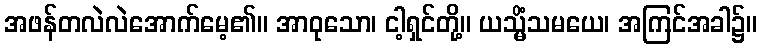
အဖန်တလဲလဲအောက်မေ့၏။ အာဝုသော၊ ငါ့ရှင်တို့။ ယသ္မိံသမယေ၊ အကြင်အခါ၌။